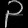
Digit: ၃